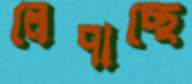
লেপাচ্ছে